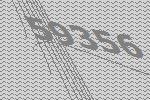
59356